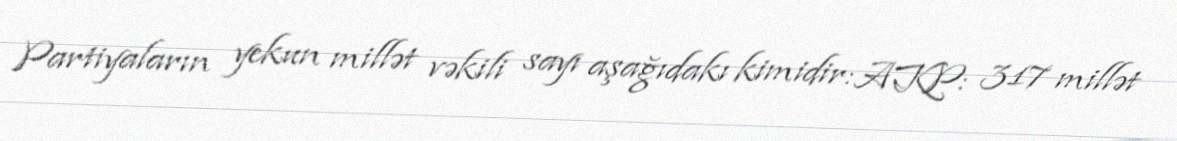
Partiyaların yekun millət vəkili sayı aşağıdakı kimidir:AKP: 317 millət